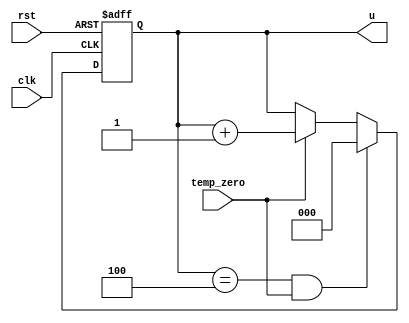
module u_count_L8(clk,u,rst,temp_zero);
input wire rst,clk,temp_zero;
output reg [2:0] u;
always @ (posedge clk or negedge rst)
	begin
		if (!rst )
			u<=0;
		else if (u==4&&temp_zero)
			u<=0;	
		else if (temp_zero)
			u<=u+3'b1;
	end
endmodule